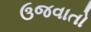
ઉજવાતો